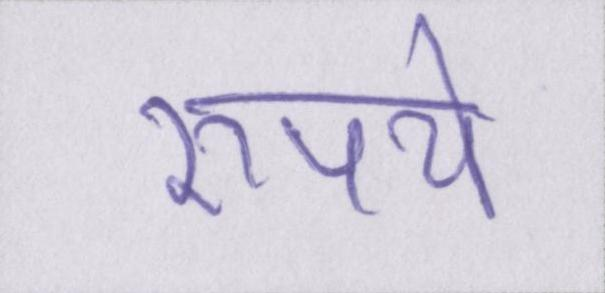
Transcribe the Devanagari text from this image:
रुपये